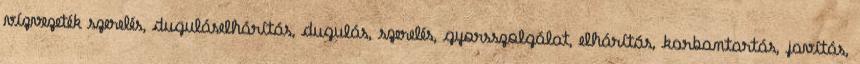
vízvezeték szerelés, duguláselhárítás, dugulás, szerelés, gyorsszolgálat, elhárítás, karbantartás, javítás,